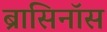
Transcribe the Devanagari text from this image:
ब्रासिनॉस